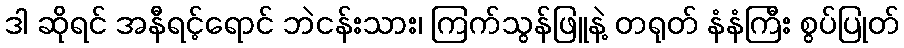
ဒါ ဆိုရင် အနီရင့်ရောင် ဘဲငန်းသား၊ ကြက်သွန်ဖြူနဲ့ တရုတ် နံနံကြီး စွပ်ပြုတ်